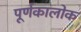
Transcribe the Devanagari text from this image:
पूर्णकालोक